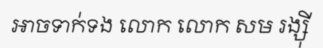
អាចទាក់ទង លោក លោក សម រង្ស៊ី